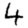
Digit: 4